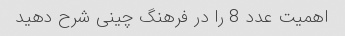
اهمیت عدد 8 را در فرهنگ چینی شرح دهید